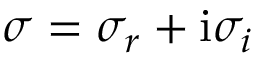
\sigma = \sigma _ { r } + \mathrm { i } \sigma _ { i }